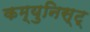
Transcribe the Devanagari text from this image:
कम्युनिस्ट्